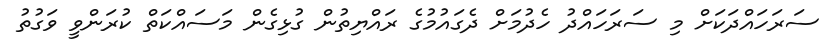
ސަރަހައްދަކަށް މި ސަރަހައްދު ހެދުމަށް ދެގައުމުގެ ރައްޔިތުން ގުޅިގެން މަސައްކަތް ކުރަންވީ ވަގުތު